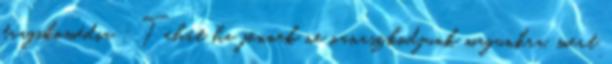
tragikomédia : Tehát ha jönnek ne oanaszkodjunk magunkra, mert